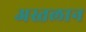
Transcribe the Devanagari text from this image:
अस्तलान